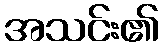
အသင်း၏